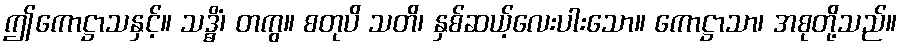
ဤကောဋ္ဌာသနှင့်။ သဒ္ဓိံ၊ တကွ။ စတုပိ သတိ၊ နှစ်ဆယ့်လေးပါးသော။ ကောဋ္ဌာသာ၊ အစုတို့သည်။